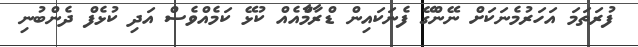
ފުރަތަމަ އަހަރުމެނަކަށް ނޭންގޭ ފެނަކައިން ޑްރާމާްއެއް ކުޅޭ ކަމެއްވެސް އަދި ކުޅެފް ދެންބުނި